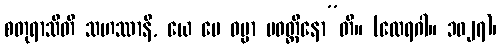
စတုရာသီတိ သဟဿာနိ, ယေ မေ ဓမ္မာ ပဝတ္တိနော”တိ။ (ထေရဂါ။ ၁၀၂၇)၊